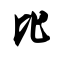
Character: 比